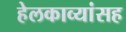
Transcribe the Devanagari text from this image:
हेलकाव्यांसह